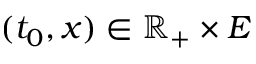
( t _ { 0 } , x ) \in \mathbb { R } _ { + } \times E